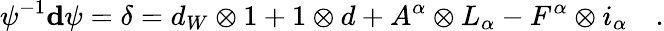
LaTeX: \psi^{-1}\mathbf{d}\psi=\delta=d_{W}\otimes 1+1\otimes d+A^{\alpha}\otimes L_{\alpha}-F^{\alpha}\otimes i_{\alpha}\quad.